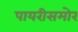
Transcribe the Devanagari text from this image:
पायरीसमोर